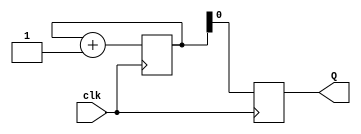
module ring_counter (
    input wire clk,
    output reg Q
);

reg [3:0] count = 0;

always @(posedge clk) begin
    count <= count + 1;
    Q <= count[0];
end

endmodule